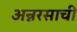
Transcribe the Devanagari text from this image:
अन्नरसाची